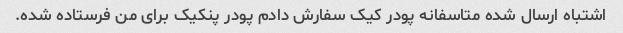
اشتباه ارسال شده متاسفانه پودر کیک سفارش دادم پودر پنکیک برای من فرستاده شده.